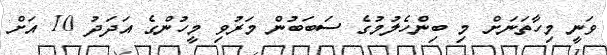
ވަނީ މިހާތަނަށް މި ބިންހެލުމުގެ ސަބަބުން މަރުވި މީހުންގެ އަދަދު 10 އަށް